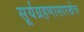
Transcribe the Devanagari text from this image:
सूर्यग्रहणासारखेच